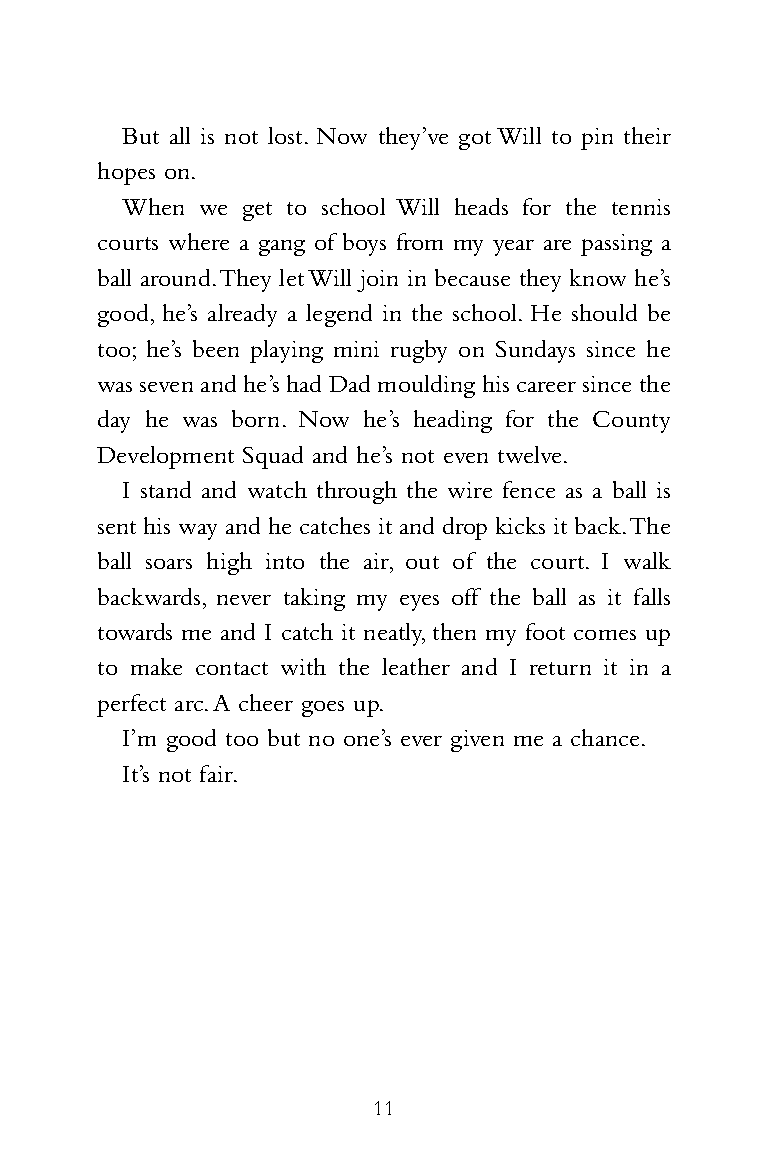
HS1698_PridePenals_Reiss09 05/11/2009 13:31 Page 11
 But all is not lost. Now they’ve got Will to pin their
 hopes on.
 When we get to school Will heads for the tennis
 courts where a gang of boys from my year are passing a
 ball around.They let Will join in because they know he’s
 good, he’s already a legend in the school. He should be
 too; he’s been playing mini rugby on Sundays since he
 was seven and he’s had Dad moulding his career since the
 day he was born. Now he’s heading for the County
 Development Squad and he’s not even twelve.
 I stand and watch through the wire fence as a ball is
 sent his way and he catches it and drop kicks it back.The
 ball soars high into the air, out of the court. I walk
 backwards, never taking my eyes off the ball as it falls
 towards me and I catch it neatly,then my foot comes up
 to make contact with the leather and I return it in a
 perfect arc.A cheer goes up.
 I’m good too but no one’s ever given me a chance.
 It’s not fair.
 11